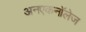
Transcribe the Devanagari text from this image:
अनएकनॉलेज